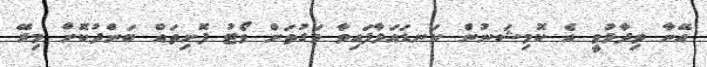
އޭނާ ވިދާޅުވީ އެ ކޮމިޝަނުން ކަނޑައަޅާފައިވާ ވަގުތަށް ވޯޓު ފޮށިތައް ބަންދުކޮށް މިރޭ